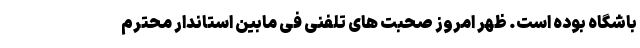
باشگاه بوده است. ظهر امروز صحبت های تلفنی فی مابین استاندار محترم